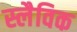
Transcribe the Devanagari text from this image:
स्लैविक